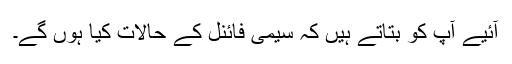
آئیے آپ کو بتاتے ہیں کہ سیمی فائنل کے حالات کیا ہوں گے۔